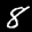
Label: 8